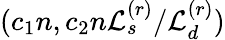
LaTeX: (c_{1}n,c_{2}n\mathcal{L}_{s}^{(r)}/\mathcal{L}_{d}^{(r)})